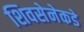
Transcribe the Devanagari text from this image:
शिवसेनेकडे